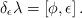
LaTeX: \begin{align*}\delta_{\epsilon} \lambda = [\phi, \epsilon]\,. \end{align*}